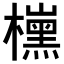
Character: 𣝙